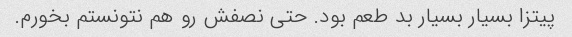
پیتزا بسیار بسیار بد طعم بود. حتی نصفش رو هم نتونستم بخورم.